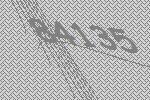
84135